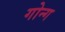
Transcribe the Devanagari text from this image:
गोन्ग